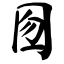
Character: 囫